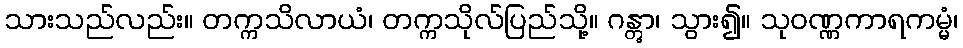
သားသည်လည်း။ တက္ကသိလာယံ၊ တက္ကသိုလ်ပြည်သို့။ ဂန္တွာ၊ သွား၍။ သုဝဏ္ဏကာရကမ္မံ၊